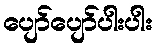
ပျော်ပျော်ပါးပါး